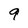
Character: 9